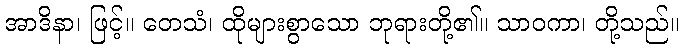
အာဒိနာ၊ ဖြင့်။ တေသံ၊ ထိုများစွာသော ဘုရားတို့၏။ သာဝကာ၊ တို့သည်။